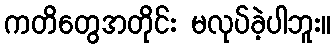
ကတိတွေအတိုင်း မလုပ်ခဲ့ပါဘူး။